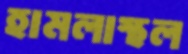
হামলাস্থল